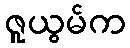
ဇူယွမ်က